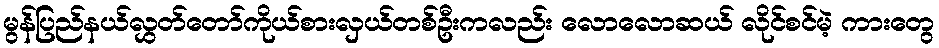
မွန်ပြည်နယ်လွှတ်တော်ကိုယ်စားလှယ်တစ်ဦးကလည်း လောလောဆယ် လိုင်စင်မဲ့ ကားတွေ